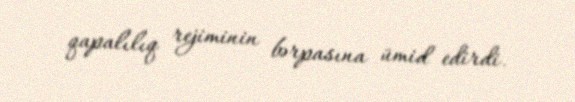
qapalılıq rejiminin bərpasına ümid edirdi.